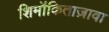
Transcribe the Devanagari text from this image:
शिमॉकिताज़ावा